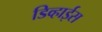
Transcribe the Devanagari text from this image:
डिव्हाईस